Civil Veterinary Dept. Bombay admin report 1923-31 - 1923-1931
Year: 1923
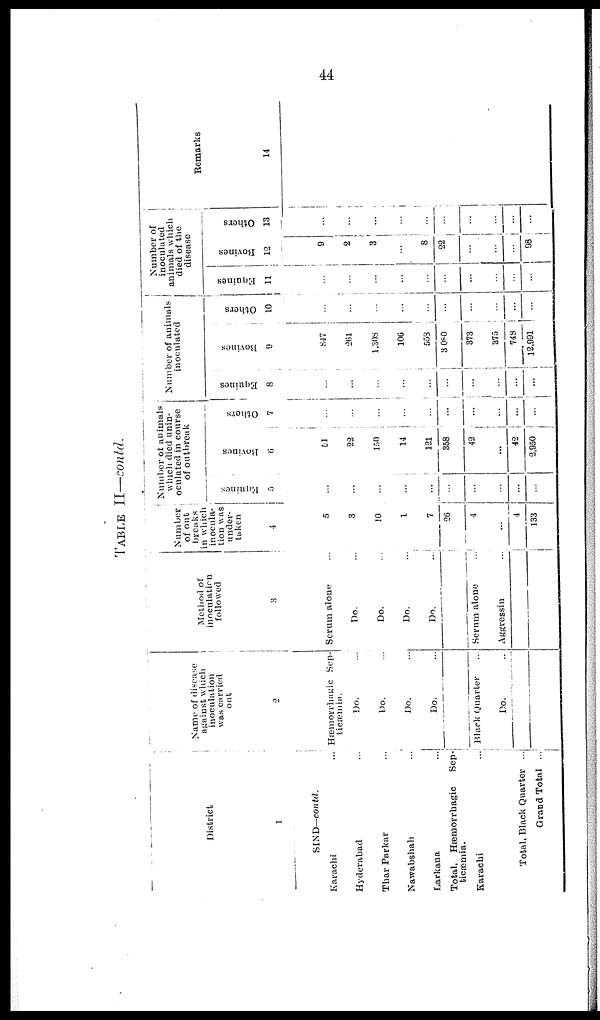
44
TABLE II—contd.
District
1
SIND-contd.
Karachi ...
Hyderabad ...
Thar Parkar ...
Nawabshah ...
Larkana ..
Total, Hæmorrhagic
Sep-
ticæmia.
Karachi ...
Total, Black Quarter ...
Grand Total ...
Name of discase
against which
inoculation
was curried
out
2
Hæmorrhagic Sep-
ticæmia.
Do. ...
Do. ...
Do. ...
Do. ...
Black Quarter ...
Do. ...
Method of
inoculation
followed
3
Serum alone ...
Do. ...
Do. ...
Do. ...
Do.
....
Serum alone ...
Aggressin ...
Number
of out
breaks
in which
inocula-
tion was
under-
taken
4
5
3
10
1
7
26
4
...
4
133
Number of animals
which died unin-
oculated in course
of outbreak
Eqnines
5
...
...
...
...
...
...
...
...
...
...
Bovines
6
51
22
150
14
121
358
42
...
42
2,950
Others
7
.....
...
...
...
...
...
...
...
...
...
Number of animals
inoculated
Equines
8
...
...
...
...
...
...
...
...
...
...
Bovines
9
847
261
1,308
106
553
3,080
373
375
748
12,991
Others
10
...
...
...
...
...
...
...
...
...
...
Number of
inoculated
animals which
died of the
disease
Equines
11
...
...
...
...
...
...
...
...
...
...
Bovines
12
9
2
3
...
8
22
...
...
...
98
Others
13
...
...
...
...
...
...
...
...
...
...
Remarks
14